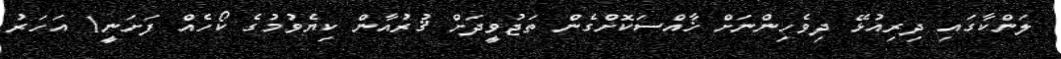
ލަންކާގައި ދިރިއުޅޭ ދިވެހިންނަށް ޚާއްސަކޮށްގެން ތަޖުވީދަށް ޤުރުއާން ކިޔެވުމުގެ ކޯހެއް ފަށަނީ1 އަހަރު